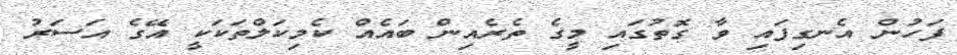
ފަހުން އެނގިފައި ވާ ގޮތުގައި މީގެ ތެރެއިން ބައެއް ކެމިކަލްތަކަކީ އޭގެ އަސަރު